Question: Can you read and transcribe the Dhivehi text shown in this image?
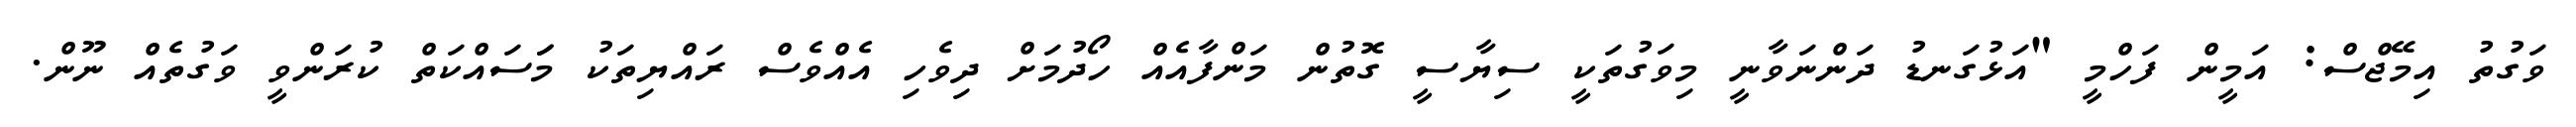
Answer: ވަގުތު އިމޭޖްސް: އަމީން ފަހްމީ "އަޅުގަނޑު ދަންނަވާނީ މިވަގުތަކީ ސިޔާސީ ގޮތުން މަންފާއެއް ހޯދުމަށް ދިވެހި އެއްވެސް ރައްޔިތަކު މަަސައްކަތް ކުރަންވީ ވަގުތެއް ނޫން.